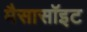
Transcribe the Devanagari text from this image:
मैसासॉइट